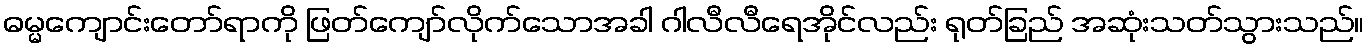
ဓမ္မကျောင်းတော်ရာကို ဖြတ်ကျော်လိုက်သောအခါ ဂါလီလီရေအိုင်လည်း ရုတ်ခြည် အဆုံးသတ်သွားသည်။